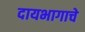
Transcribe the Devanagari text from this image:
दायभागाचे